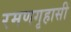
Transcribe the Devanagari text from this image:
रमणगृहासी